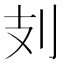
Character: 𠚽